Vaccination in Bombay 1902-1912 - 1902-1912
Year: 1902
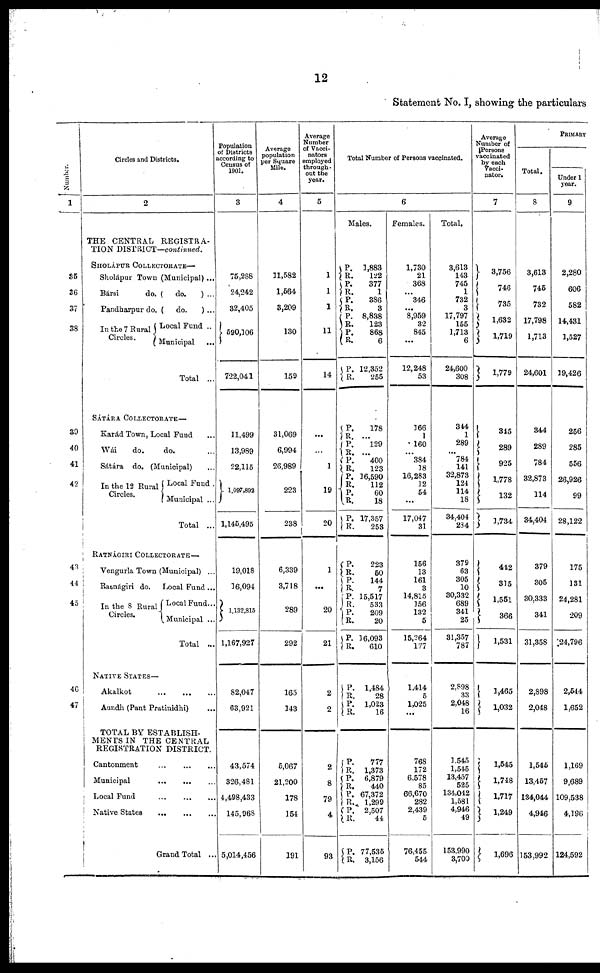
12
Statement No. I, showing the particulars
Number.
1
35
36
37
38
39
40
41
42
43
44
45
46
47
Circles and Districts.
2
THE CENTRAL REGISTRA-
TION DISTRICT—continued.
SHOLÁPUR COLLECTORATE—
Sholápur Town (Municipal) ...
Bársi
do. (
do.
) ...
Pandharpur do. (
do.
) ...
In the 7 Rural
Circles.
Local Fund ..
Municipal ...
Total ...
SÁTÁRA COLLECTORATE—
Karád Town, Local Fund ...
Wái
do.
do. ...
Sátára do. (Municipal) ...
In the 12 Rural
Circles.
Local Fund .
Municipal ...
Total ...
RATNÁGIRI COLLECTORATE—
Vengurla Town (Municipal) ...
Ratnágiri do.
Local Fund...
In the 8 Rural
Circles.
Local Fund...
Municipal ...
Total ...
NATIVE STATES—
Akalkot
...
...
...
Aundh (Pant Pratinidhi) ...
TOTAL BY ESTABLISH-
MENTS IN THE CENTRAL
REGISTRATION DISTRICT.
Cantonment
...
...
...
Municipal
...
...
...
Local Fund
...
...
...
Native States ... ... ...
Grand Total ..
Population
of Districts
according to
Census of
1901.
3
75,288
24,242
32,405
590,106
722,041
11,499
13,989
22,115
1,097,892
1,145,495
19,018
16,094
1,132,815
1,167,927
82,047
63,921
43,574
325,481
4,498,433
145,968
5,014,456
Average
population
per Square
Mile.
4
11,582
1,564
3,209
130
159
31,069
6,994
26,989
223
238
6,339
3,718
289
292
165
143
5,067
21,200
178
154
191
Average
Number
of Vacci-
nators
employed
through-
out the
year.
5
1
1
1
11
14
...
...
1
19
20
1
...
20
21
2
2
2
8
79
4
93
Total Number of Persons vaccinated.
6
Males.
P.
R.
P.
R.
P.
R.
P.
R.
P.
R.
P. R.
P.
R. P.
R.
P.
R.
P.
R.
P.
R.
P.
R.
P.
R.
P.
R.
P.
R.
P.
R.
P.
R.
P. R.
P.
R.
P.
R.
P.
R.
P.
R.
P.
R.
P.
R.
1,883
122
377
1
386
3
8,838
123
868
6
12,352
255
178
...
129
...
400
123
16,590
112
60
18
17,357
253
223
50
144
7
15,517
533
209
20
16,093
610
1,484
28
1,023
16
777
1,373
6,879
440
67,372
1,299
2,507
44
77,535
3,156
Females.
1,730
21
368
...
346
...
8,959
32
845
...
12,248
53
166
1
160
...
384
18
16,283
12
54
...
17,047
31
156
13
161
3
14,815
156
132
5
15,264
177
1,414
5
1,025
...
768
172
6,578
85
66,670
282
2,439
5
76,455
544
Total.
3,613
143
745
1
732
3
17,797
155
1,713
6
24,600
308
344
1
289
...
784
141
32,873
124
114
18
34,404
284
379
63
305
10
30,332
689
341
25
31,357
787
2,898
33
2,048
16
3,545
1,545
13,457
525
134,042
1,581
4,946
49
153,990
3,700
Average
Number of
Persons
vaccinated
by each
vacci-
nator.
7
3,756
746
735
1,632
1,719
1,779
345
289
925
1,778
132
1,734
442
315
1,551
366
1,531
1,465
1,032
1,545
1,748
1,717
1,249
1,696
PRIMARY
Total.
8
3,613
745
732
17,798
1,713
24,601
344
289
784
32,873
114
34,404
379
305
30,333
341
31,358
2,898
2,048
1,545
13,457
134,044
4,946
153,992
Under 1
year.
9
2,280
606
582
14,431
1,527
19,426
256
285
556
26,926
99
28,122
175
131
24,281
209
24,796
2,544
1,652
1,169
9,689
109,538
4,196
124,592